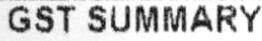
GST SUMMARY